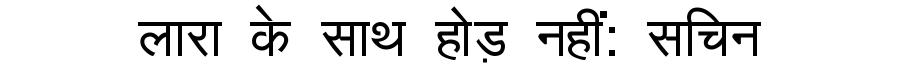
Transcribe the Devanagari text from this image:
लारा के साथ होड़ नहीं: सचिन